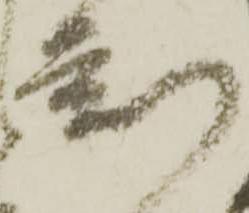
刻